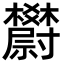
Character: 𣡇